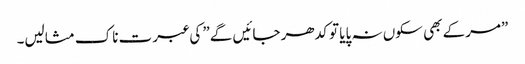
”مرکے بھی سکوں نہ پایا تو کدھر جائیں گے” کی عبرت ناک مثالیں۔